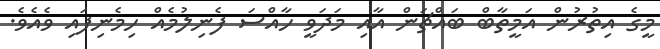
މީގެ އިތުރުން އަމީތާބް ބައްޗަން އާއި މަދަވީ ހާއްސަ ފެނިލުމެއް ހިމެނިފައި ވެއެވެ.